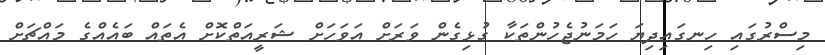
މިސްރުގައި ހިނގައިދިޔަ ހަމަނުޖެހުންތަކާ ގުޅިގެން ވަރަށް އަވަހަށް ޝަރީއަތްކޮށް އެތައް ބައެއްގެ މައްޗަށް